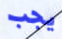
يجب